Civil Veterinary Department Bengal reports 1933-51 - 1933-1951
Year: 1933
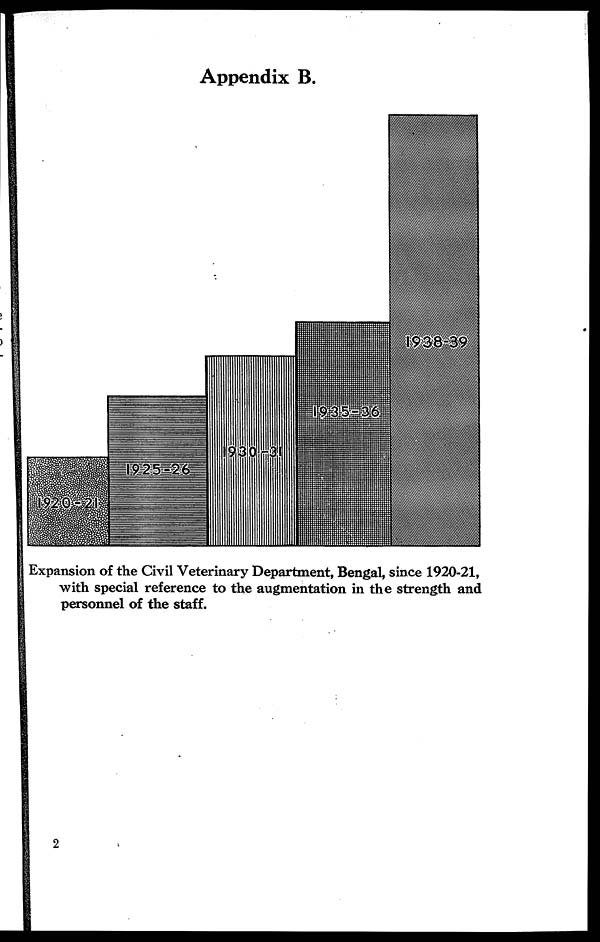
Appendix B.
Expansion of the Civil Veterinary Department, Bengal, since 1920-21,
with special reference to the augmentation in the strength and
personnel of the staff.